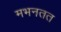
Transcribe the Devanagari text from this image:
मभनतत